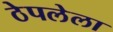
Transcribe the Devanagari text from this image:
ठेपलेला